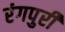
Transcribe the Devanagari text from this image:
रंगपुरी